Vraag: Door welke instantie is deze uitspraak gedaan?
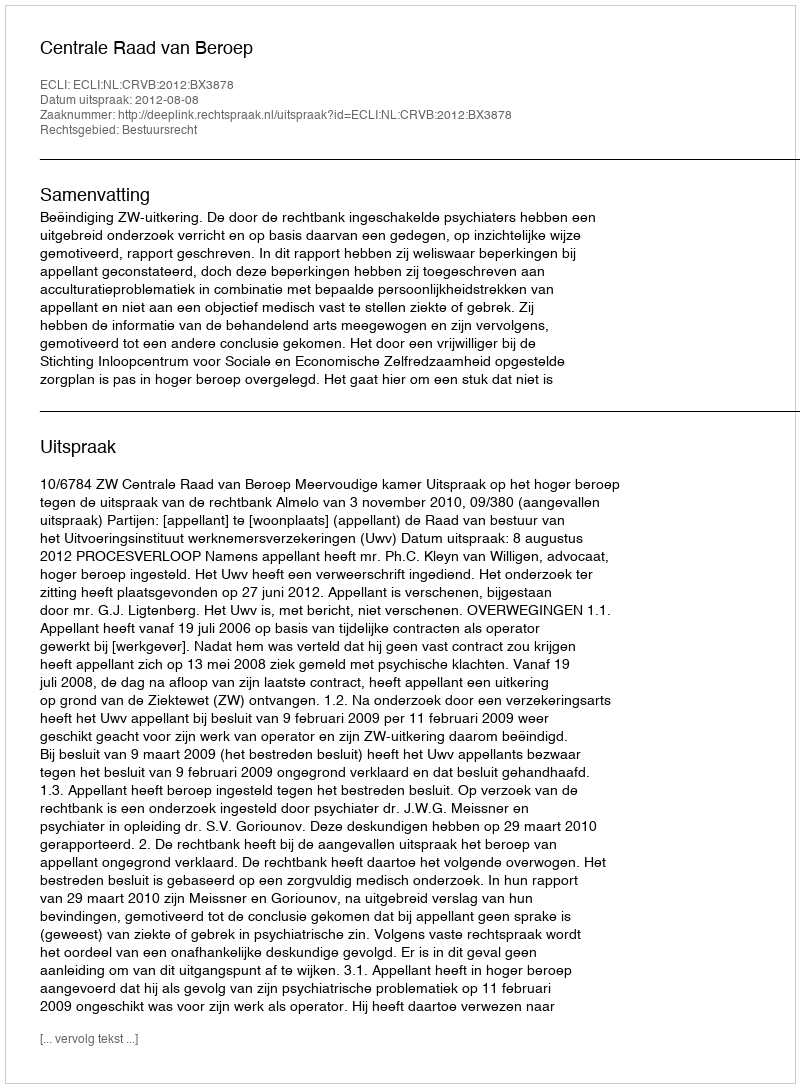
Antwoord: Centrale Raad van Beroep